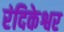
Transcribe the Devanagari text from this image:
रंदिकेश्वर